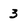
Character: 3